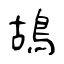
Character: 鴣